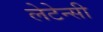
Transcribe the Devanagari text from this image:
लेटेन्सी